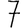
Digit: 7